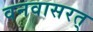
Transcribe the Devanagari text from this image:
वनवासरत्